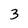
Character: 3